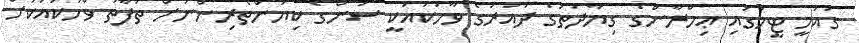
ގައުމީ ޓީމުގައި ޢިމްރާންގެ ގިޔާދަތުގެ ދައުރުގެ ވާހަކައަކީ ސަންގެ ކިޔުންތެރިންނަށް ތަފާތު ވާހަކައަކަށް